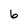
Character: 6